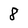
Character: 8